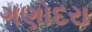
ગણોદરા